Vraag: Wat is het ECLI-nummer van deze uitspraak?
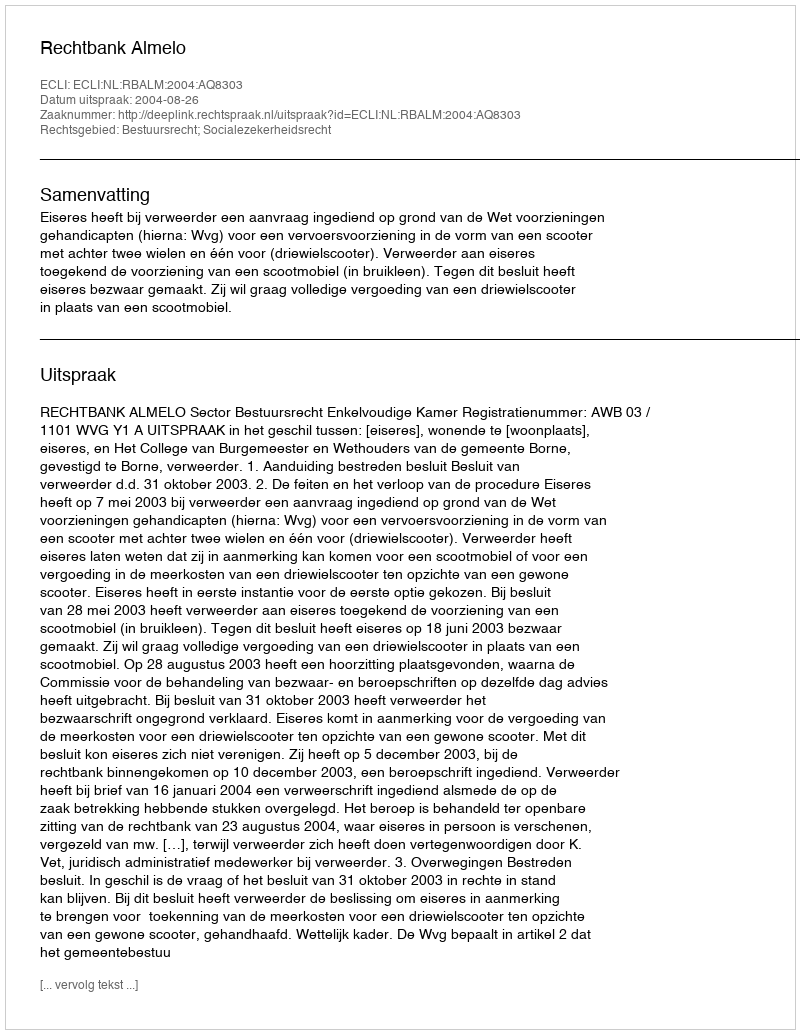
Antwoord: ECLI:NL:RBALM:2004:AQ8303